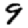
Digit: 9